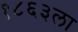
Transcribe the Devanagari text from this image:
१८६३ला